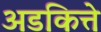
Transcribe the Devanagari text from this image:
अडकित्ते